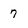
Character: 7